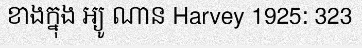
ខាងក្នុង អ្យូ ណាន Harvey 1925: 323